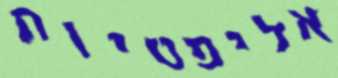
אליפטיות